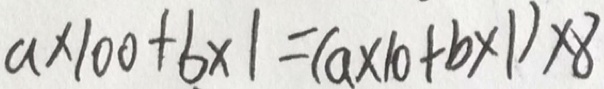
a \times 1 0 0 + b \times 1 = ( a \times 1 0 + b \times 1 ) \times 8